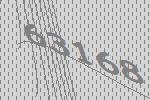
63168